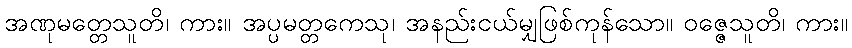
အဏုမတ္တေသူတိ၊ ကား။ အပ္ပမတ္တကေသု၊ အနည်းငယ်မျှဖြစ်ကုန်သော။ ဝဇ္ဇေသူတိ၊ ကား။